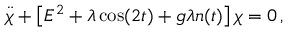
\ddot { \chi } + \left[ E ^ { 2 } + \lambda \cos ( 2 t ) + g \lambda n ( t ) \right] \chi = 0 \, ,